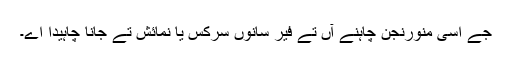
جے اسی منورنجن چاہنے آں تے فیر سانوں سرکس یا نمائش تے جانا چاہیدا اے۔